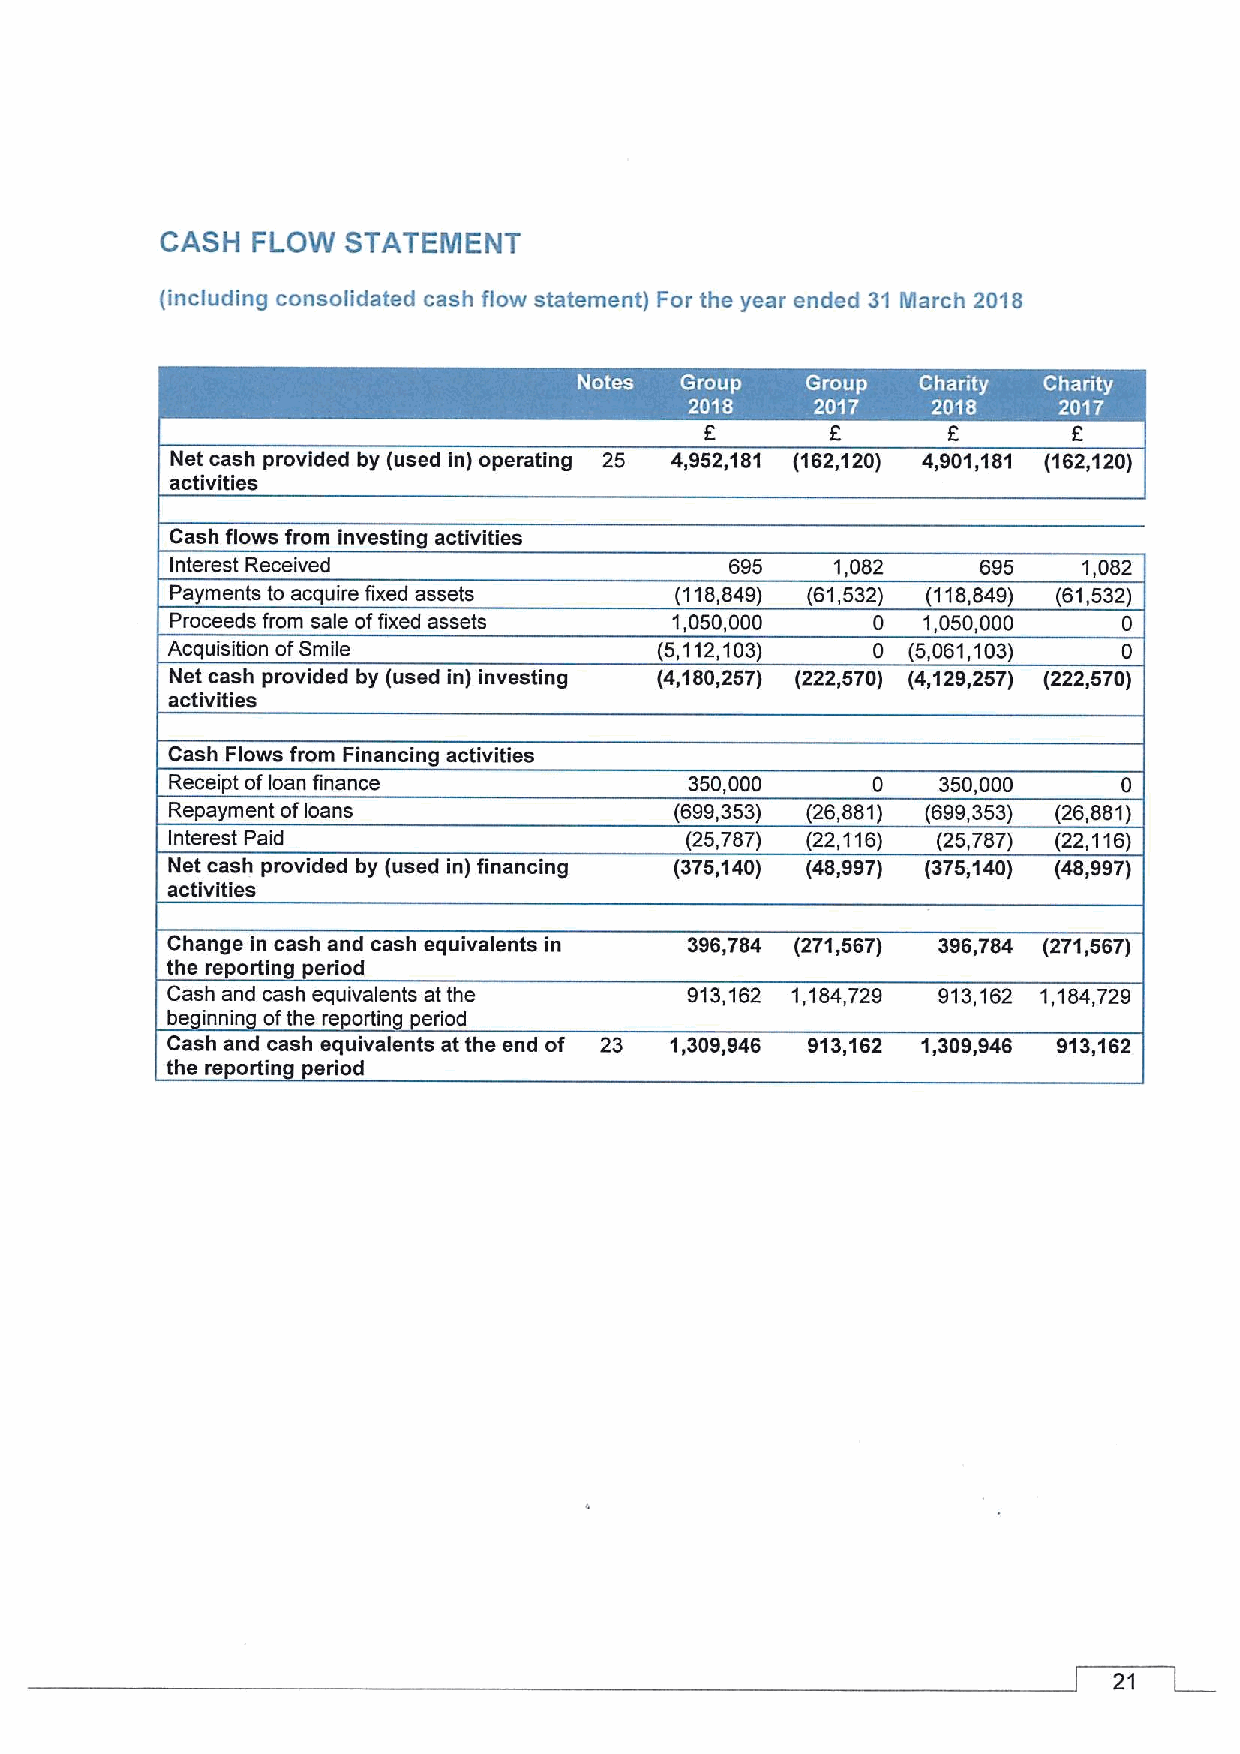
CASH  FLOW  STATEMENT
 (including consolidated cash flow statement) For the year ended 31 March 2018
 Net cash provided by (used in) operating 25 4,952,181 (162,120) 4,901,1&1 (162,120)
 activities
 Cash flows from investing activities
 Interest Received                    895    1,082     695    1,082
 Payments to acquire fixed assets  (118,849) (61,532) (118,849) (61,532)
 Proceeds from sale offixed assets 1,050,000    0  1,050,000    0
 Acquisition ofSmile              (5,112,103)   0 (5,061,103)   0
 Net cash provided by (used in) investing (4,180,257) (222,570) (4,129,257) (222,570)
 activities
 Cash Flows from Financing activities
 Receipt ofloan finance             350,000     0   350,000     0
 Repayment ofloans                 (699,353) (26,881) (699,353) (26,881)
 Interest Paid                     (25,787) (22,116) (25,787) (22,116)
 Net cash provided by (used in) financing (375,140) (48,997) (375,140) (48,997)
 activities
 Change in cash and cash equivalents in 396,784 (271,567) 396,784 (271,567)
 the re ortin cried
 Cash and cash equivalents at the  913,162 1,184,729 913,162 1,184,729
 be innin ofthe re ortin eriod
 Cash and cash equivalents at the end of 23 1,309,946 913,162 1,309,946 913,162
 the reportin cried